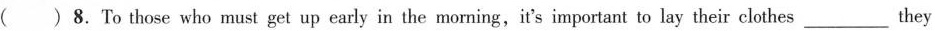
( )8. To those who must get up early in the moming, it's important to lay their clothes ___ they